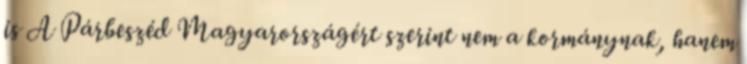
is A Párbeszéd Magyarországért szerint nem a kormánynak, hanem